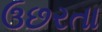
ઉછરતા